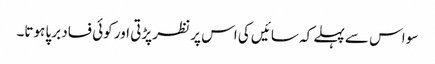
سو اس سے پہلے کہ سائیں کی اس پر نظر پڑتی اور کوئی فساد برپا ہوتا۔